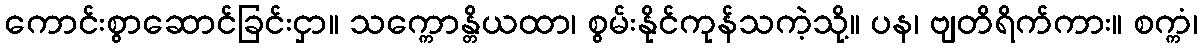
ကောင်းစွာဆောင်ခြင်းငှာ။ သက္ကောန္တိယထာ၊ စွမ်းနိုင်ကုန်သကဲ့သို့။ ပန၊ ဗျတိရိက်ကား။ စက္ကံ၊